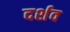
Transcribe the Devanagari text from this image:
दर्शव